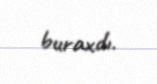
buraxdı.